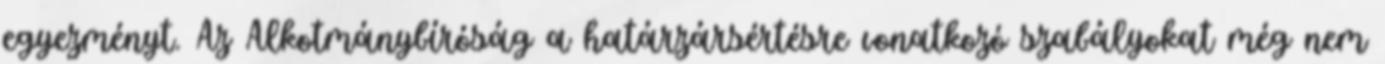
egyezményt. Az Alkotmánybíróság a határzársértésre vonatkozó szabályokat még nem